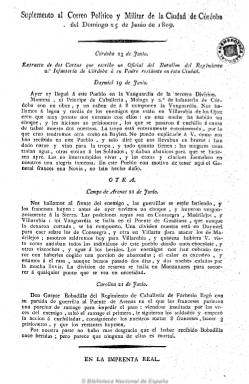
Título: Suplemento al Correo político y militar de la ciudad de Córdoba
Colección: Periódicos anteriores a 1850
Ámbito geográfico: Córdoba
Lugar de publicación: Córdoba
Fechas: 25/06/1809-25/06/1809

Una hoja, de fecha 25 de junio de 1809, estampada en la Imprenta Real, que contiene los extractos de dos cartas de carácter patriótico de un oficial español y una breve noticia sobre un encuentro con las tropas napoleónicas. El Correo había empezado a publicarse por la Junta Superior cordobesa el ocho de enero de ese año, con periodicidad bisemanal (jueves y domingos) en un momento en el que el ejército francés se había alejado de la ciudad, y llegó a editar un centenar de números, de carácter patriótico, hasta enero de 1810, cuando dicho ejército toma definitivamente la capital cordobesa. A partir de febrero de este año se convertirá en órgano josefino, y desde su número 256, correspondiente al 20 de junio de 1811, hasta su número 268 se refundirá con la también napoleónica Gazeta de Jaén, formando el título Correo político de Córdoba y Jaén, ya con periodicidad diaria, al formar ambas provincias una sola prefectura, y siguió publicándose, perdiendo ya su segundo topónimo en el título, hasta agosto de 1812.

Fue su probable director el coronel afrancesado Carlos Velasco, siendo su primer redactor el canónigo penitenciario catedralicio Manuel María de Arjona (1771-1820) y tras él, el abate Juan Marchena (1768-1821), aunque la mayor parte de sus textos son anónimos. Tras el abandono de las tropas francesas de la ciudad, sus redactores sufrieron la represión, aunque también fueron acogidos por los medios eclesiásticos y el obispo. Existe una reimpresión del patriótico Correo político y militar de la ciudad Córdoba de 1809 en Gran Canaria.